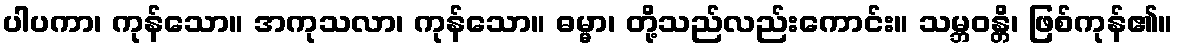
ပါပကာ၊ ကုန်သော။ အကုသလာ၊ ကုန်သော။ ဓမ္မာ၊ တို့သည်လည်းကောင်း။ သမ္ဘဝန္တိ၊ ဖြစ်ကုန်၏။